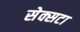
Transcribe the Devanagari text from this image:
सेक्सटा